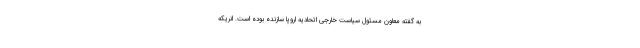
به گفته معاون مسئول سیاست خارجی اتحادیه اروپا سازنده بوده است. انریکه